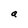
Character: a